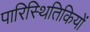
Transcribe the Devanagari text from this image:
पारिस्थितिकियों